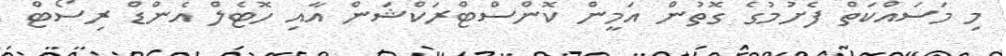
މި މަސައްކަތް ފެށުމުގެ ގޮތުން އަމީން ކޮންސްޓްރަކްޝަން އާއި ހޮޓެލް އެންޑް ރިސޯޓް